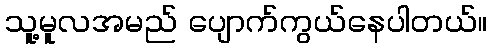
သူ့မူလအမည် ပျောက်ကွယ်နေပါတယ်။